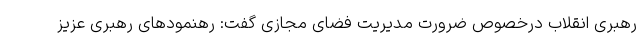
رهبری انقلاب درخصوص ضرورت مدیریت فضای مجازی گفت: رهنمودهای رهبری عزیز